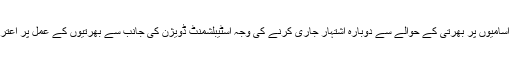
ذرائع کے مطابق خالی آسامیوں پر بھرتی کے حوالے سے دوبارہ اشتہار جاری کرنے کی وجہ اسٹیبلشمنٹ ڈویژن کی جانب سے بھرتیوں کے عمل پر اعتراضات اُٹھائے جانا ہے۔